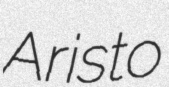
Aristo